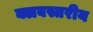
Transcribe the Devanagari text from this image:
क्लबस्तरीय